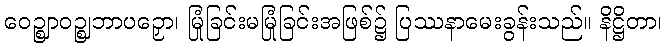
ဝေဉ္ဈာဝဉ္ဈဘာပဉှော၊ မြုံခြင်းမမြုံခြင်းအဖြစ်၌ ပြဿနာမေးခွန်းသည်။ နိဋ္ဌိတာ၊